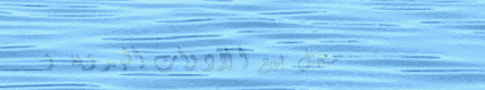
محل بيع الأدوات اليدوية و